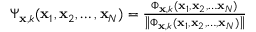
\begin{array} { r } { \Psi _ { \mathbf { x } , k } ( \mathbf { x } _ { 1 } , \mathbf { x } _ { 2 } , \ldots , \mathbf { x } _ { N } ) = { \frac { \Phi _ { \mathbf { x } , k } ( \mathbf { x } _ { 1 } , \mathbf { x } _ { 2 } , \ldots \mathbf { x } _ { N } ) } { { \left\| \Phi _ { \mathbf { x } , k } ( \mathbf { x } _ { 1 } , \mathbf { x } _ { 2 } , \ldots , \mathbf { x } _ { N } ) \right\| } } } } \end{array}